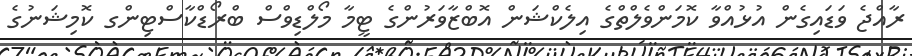
ރާއްޖެ ވަޑައިގެން އުޅުއްވާ ކޮމަންވެލްތްގެ އިލެކްޝަން އޮބްޒާވަރުންގެ ޓީމާ މޯލްޑިވްސް ބްރޯޑްކާސްޓިންގ ކޮމިޝަނުގެ